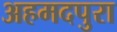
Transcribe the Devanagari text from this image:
अहमदपुरा